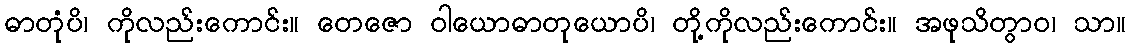
ဓာတုံပိ၊ ကိုလည်းကောင်း။ တေဇော ဝါယောဓာတုယောပိ၊ တို့ကိုလည်းကောင်း။ အဖုသိတွာဝ၊ သာ။